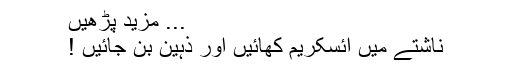
... مزید پڑھیں
ناشتے میں آئسکریم کھائیں اور ذہین بن جائیں !